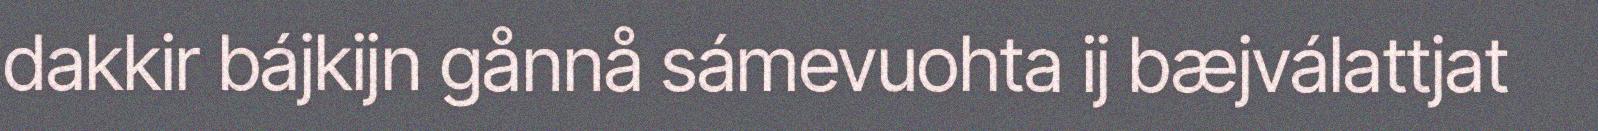
dakkir bájkijn gånnå sámevuohta ij bæjválattjat